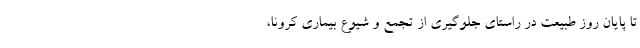
تا پایان روز طبیعت در راستای جلوگیری از تجمع و شیوع بیماری کرونا،